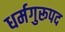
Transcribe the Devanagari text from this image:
धर्मगुरूपद